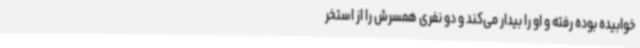
خوابیده بوده رفته و او را بیدار می‌کند و دو نفری همسرش را از استخر